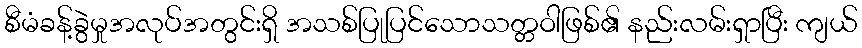
စီမံခန့်ခွဲမှုအလုပ်အတွင်းရှိ အသစ်ပြုပြင်သောသတ္တဝါဖြစ်၏ နည်းလမ်းရှာပြီး ကျယ်